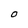
Character: o